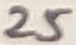
Text: 25